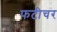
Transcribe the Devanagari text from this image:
फटीचर